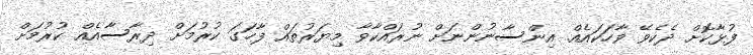
ފުޅާކޮށް ދެކެވޭ ވާހަކައެއް. އިންސާނުންނަށް ނުރައްކާވާ މިޔަރުތައް ފާހަގަ ކުރުމަށް ދިރާސާއެއް ކުރުމަށް